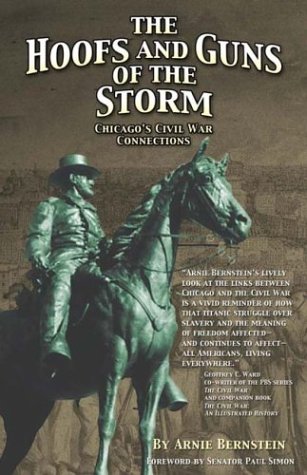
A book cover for The Hoofs and Guns of the Storm: Chicago's Civil War Connections (Great Lakes Connections: The Civil War); Arnie Bernstein; Travel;